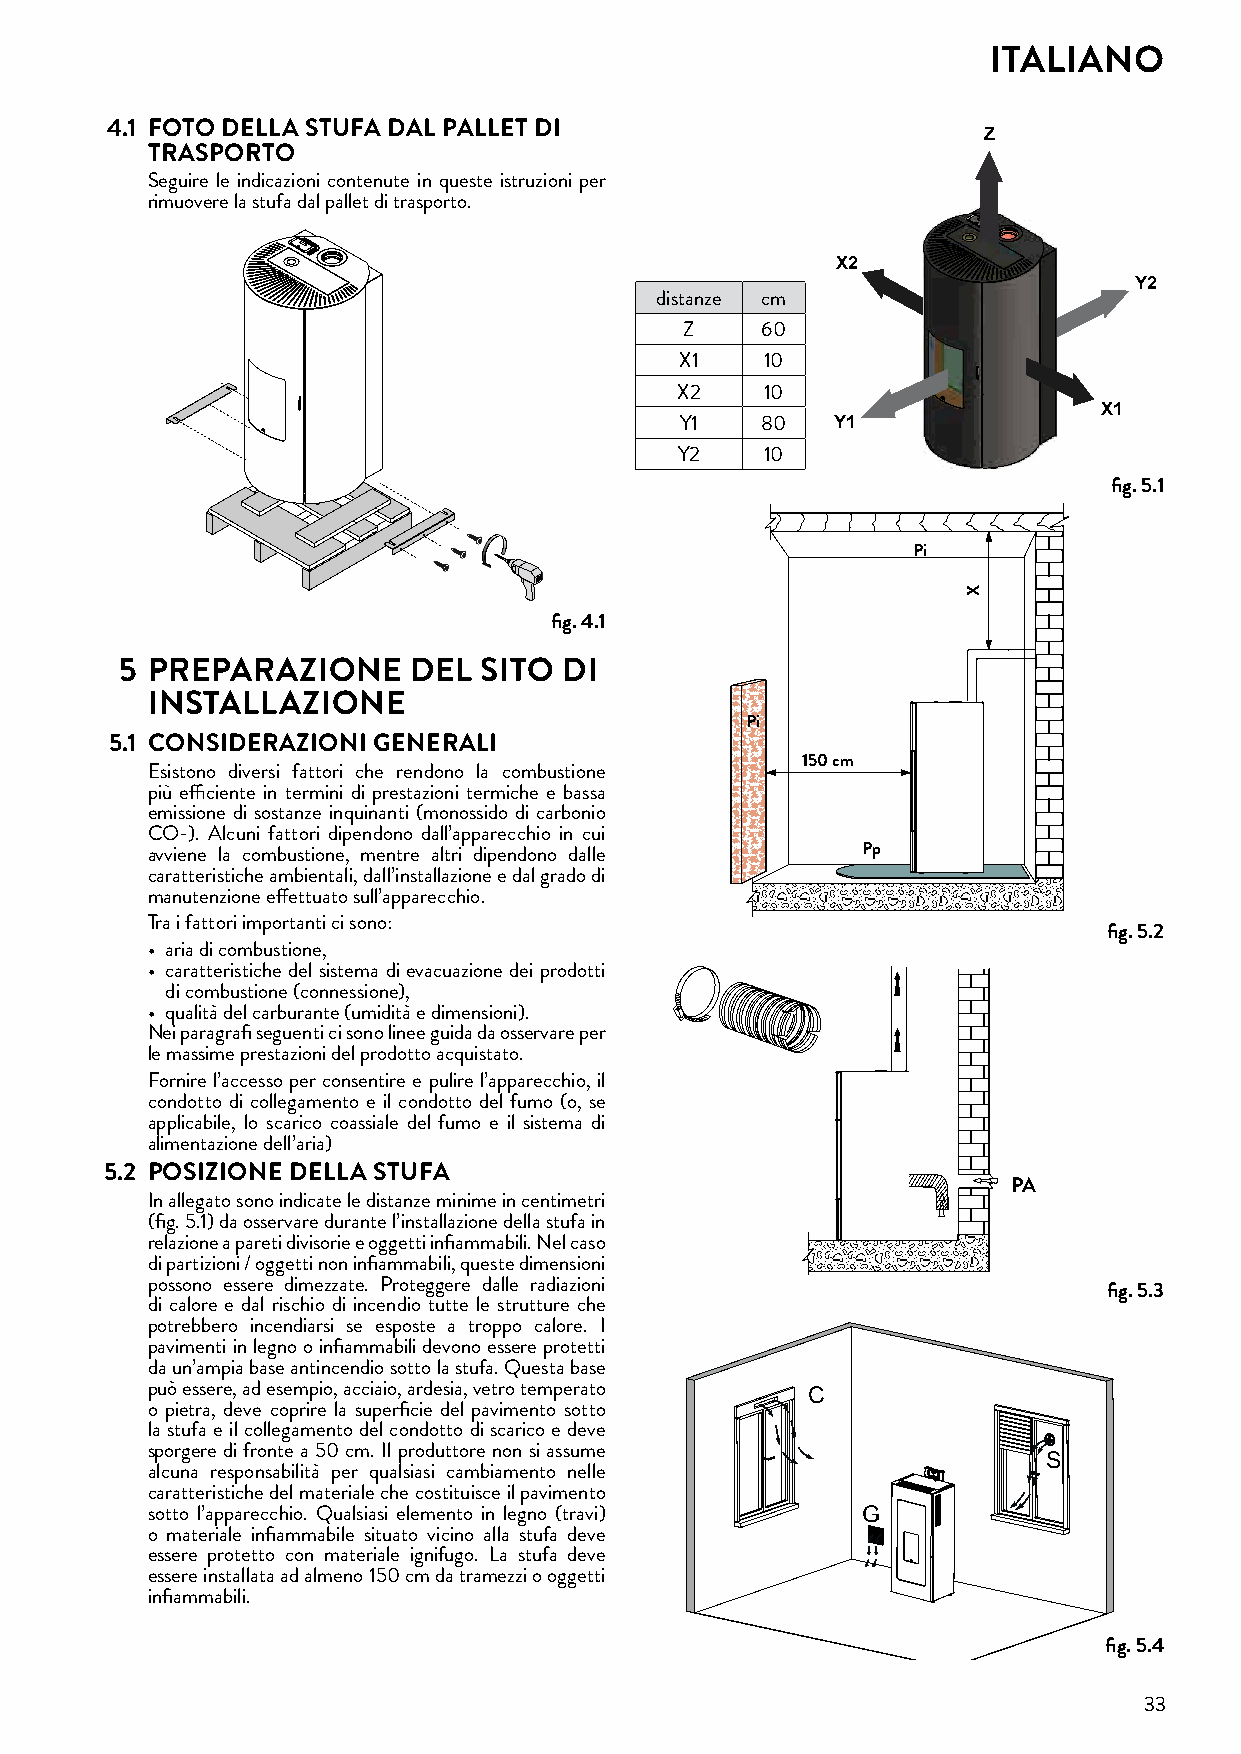
ITALIANO
 4�1 FOTO DELLA STUFA DAL PALLET DI
 Z
 TRASPORTO
 Seguire le indicazioni contenute in queste istruzioni per
 rimuovere la stufa dal pallet di trasporto.
 X2
 Y2
 distanze cm
 Z    60
 X1    10
 X2    10
 X1
 Y1   80   Y1
 Y2    10
 fig� 5�1
 Pi
 fig� 4�1
 5 PREPARAZIONE     DEL  SITO DI
 INSTALLAZIONE
 Pi
 5�1 CONSIDERAZIONI GENERALI
 150 cm
 Esistono diversi fattori che rendono la combustione
 più efficiente in termini di prestazioni termiche e bassa
 emissione di sostanze inquinanti (monossido di carbonio
 CO-). Alcuni fattori dipendono dall’apparecchio in cui
 avviene la combustione, mentre altri dipendono dalle Pp
 caratteristiche ambientali, dall’installazione e dal grado di
 manutenzione effettuato sull’apparecchio.
 Tra i fattori importanti ci sono:
 fig� 5�2
 • aria di combustione,
 • caratteristiche del sistema di evacuazione dei prodotti
 di combustione (connessione),
 • qualità del carburante (umidità e dimensioni).
 Nei paragrafi seguenti ci sono linee guida da osservare per
 le massime prestazioni del prodotto acquistato.
 Fornire l’accesso per consentire e pulire l’apparecchio, il
 condotto di collegamento e il condotto del fumo (o, se
 applicabile, lo scarico coassiale del fumo e il sistema di
 alimentazione dell’aria)
 5�2 POSIZIONE DELLA STUFA
 PA
 In allegato sono indicate le distanze minime in centimetri
 (fig. 5.1) da osservare durante l’installazione della stufa in
 relazione a pareti divisorie e oggetti infiammabili. Nel caso
 di partizioni / oggetti non infiammabili, queste dimensioni
 possono essere dimezzate. Proteggere dalle radiazioni
 fig� 5�3
 di calore e dal rischio di incendio tutte le strutture che
 potrebbero incendiarsi se esposte a troppo calore. I
 pavimenti in legno o infiammabili devono essere protetti
 da un’ampia base antincendio sotto la stufa. Questa base
 può essere, ad esempio, acciaio, ardesia, vetro temperato C
 o pietra, deve coprire la superficie del pavimento sotto
 la stufa e il collegamento del condotto di scarico e deve
 sporgere di fronte a 50 cm. Il produttore non si assume
 S
 alcuna responsabilità per qualsiasi cambiamento nelle
 caratteristiche del materiale che costituisce il pavimento
 sotto l’apparecchio. Qualsiasi elemento in legno (travi) G
 o materiale infiammabile situato vicino alla stufa deve
 essere protetto con materiale ignifugo. La stufa deve
 essere installata ad almeno 150 cm da tramezzi o oggetti
 infiammabili.
 fig� 5�4
 33
 X